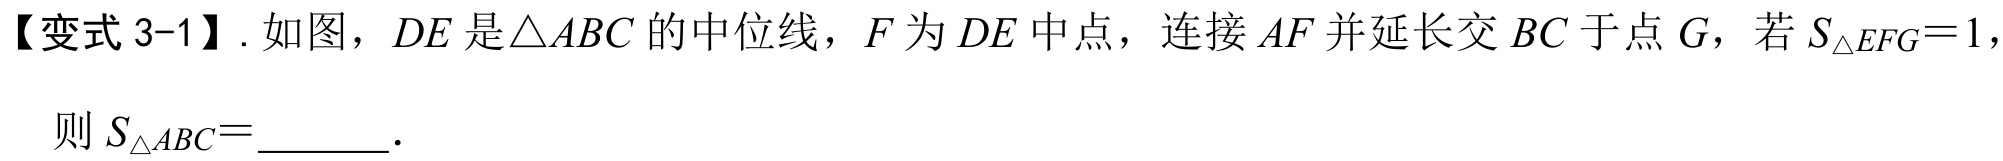
【变式3-1】. 如图，\(DE\)是\(\triangle ABC\)的中位线，\(F\)为\(DE\)中点，连接\(AF\)并延长交\(BC\)于点\(G\)，若\(S_{\triangle EFG}=1\)，
则\(S_{\triangle ABC}=\)_______.